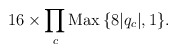
\begin{align*}16\times \prod_c {\rm Max}\,\{8|q_c|,1\}.\end{align*}